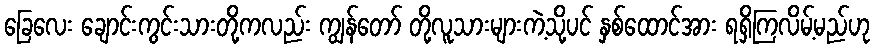
ခြေလေး ချောင်းကွင်းသားတို့ကလည်း ကျွန်တော် တို့လူသားများကဲ့သို့ပင် နှစ်ထောင်အား ရရှိကြလိမ့်မည်ဟု